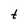
Character: t